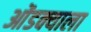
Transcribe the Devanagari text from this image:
ओंडक्याला